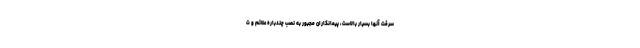
سرقت آنها بسیار بالاست، پیمانکاران مجبور به نصب چندباره علائم و ت